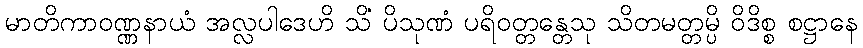
မာတိကာဝဏ္ဏနာယံ အလ္လပါဒေဟိ သိံ ပိသုဏံ ပရိဝတ္တန္တေသု သိတမတ္တမ္ပိ ဝိဒိစ္စ စဋ္ဌာနေ